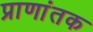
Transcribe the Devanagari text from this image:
प्राणांतक